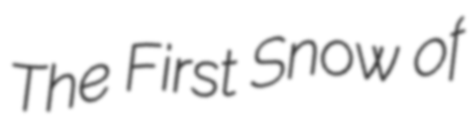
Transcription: The First Snow of